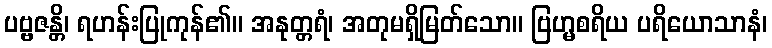
ပဗ္ဗဇန္တိ၊ ရဟန်းပြုကုန်၏။ အနုတ္တရံ၊ အတုမရှိမြတ်သော။ ဗြဟ္မစရိယ ပရိယောသာနံ၊